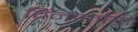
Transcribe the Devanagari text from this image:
विनोमोरी